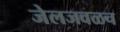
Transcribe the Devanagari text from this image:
जेलजवळच